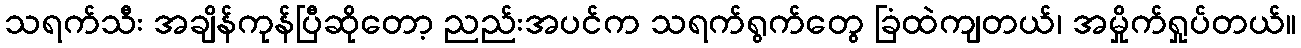
သရက်သီး အချိန်ကုန်ပြီဆိုတော့ ညည်းအပင်က သရက်ရွက်တွေ ခြံထဲကျတယ်၊ အမှိုက်ရှုပ်တယ်။